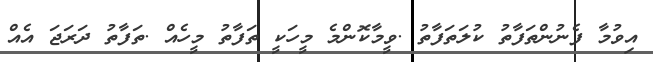
އިވުމާ ފެނުންތަފާތު ކުލަތަފާތު .ވީމާކޮންމެ މީހަކީ ތަފާތު މީހެއް .ތަފާތު ދަރަޖަ އެއް